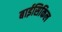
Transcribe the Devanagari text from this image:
बाईसिकिल